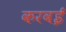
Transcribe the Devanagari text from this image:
करवई